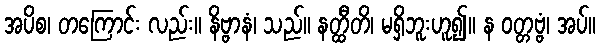
အပိစ၊ တကြောင်း လည်း။ နိဗ္ဗာနံ၊ သည်။ နတ္ထီတိ၊ မရှိဘူးဟူ၍။ န ဝတ္တဗ္ဗံ၊ အပ်။